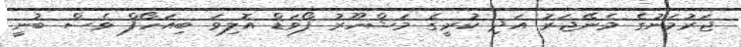
ޖަރުމަނުގެ މެނޭޖަރު އަދި ކުރީގެ މަޝްހޫރު ފޯވަޑް އޮލިވަ ބިއަހޯފް ވެސް ބުނީ